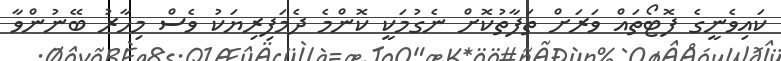
ކައިވެނީގެ ފޮޓޯތައް ވަރަށް ތަފާތުކޮށް ނެގުމަކީ ކޮންމެ ދެމަފިރިޔަކު ވެސް މިހާރު ބޭނުންވާ